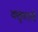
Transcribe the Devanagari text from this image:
वक्तृतायें